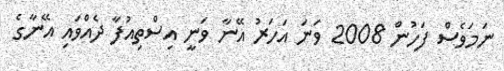
ނަމަވެސް ފަހުން 2008 ވަނަ އަހަރު އޭނާ ވަނީ އިސްތިއުފާ ދެއްވައި އޭނާގެ